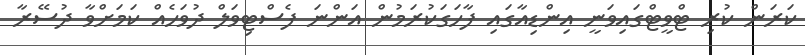
ކަރަން ކުރި ޓްވީޓްގައިވަނީ އިންޑިއާގައި ފާހަގަކުރަމުން އަންނަ ފެސްޓިވަލް ދުވަހެއް ކަމަށްވާ ދުސޭރާ